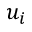
u _ { i }